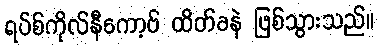
ရပ်စ်ကိုလ်နီကော့ဗ် ထိတ်ခနဲ ဖြစ်သွားသည်။